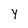
Character: Y